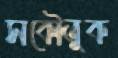
সকৌতুক